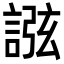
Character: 誸